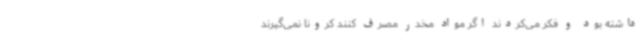
داشته‌ بود و فکر می‌کردند اگر مواد مخدر مصرف کنند کرونا نمی‌گیرند